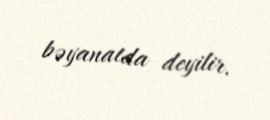
bəyanatda deyilir.